Annual report on the health of the army in India
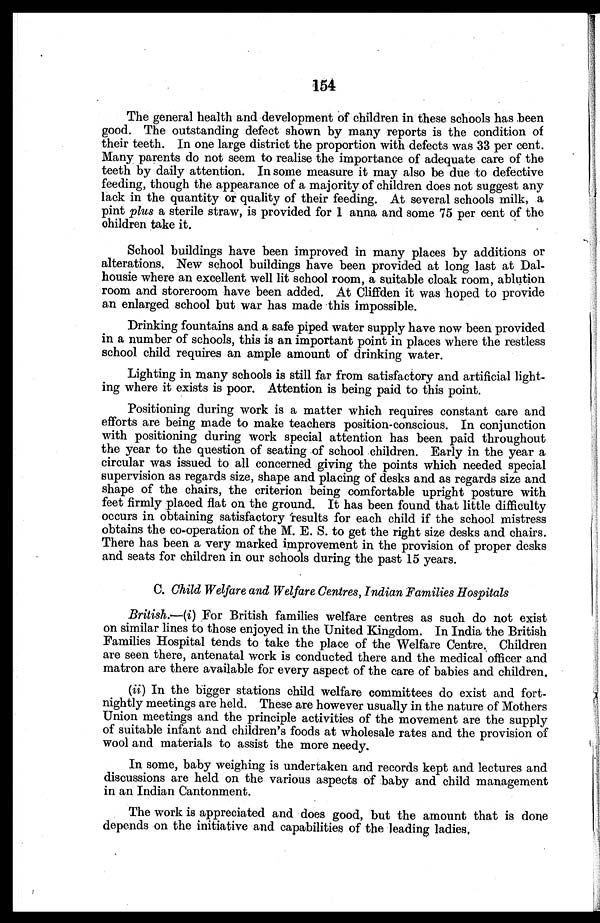
154
The general health and development of children in these schools has been
good. The outstanding defect shown by many reports is the condition of
their teeth. In one large district the proportion with defects was 33 per cent.
Many parents do not seem to realise the importance of adequate care of the
teeth by daily attention. In some measure it may also be due to defective
feeding, though the appearance of a majority of children does not suggest any
lack in the quantity or quality of their feeding. At several schools milk, a
pint plus a sterile straw, is provided for 1 anna and some 75 per cent of the
children take it.
School buildings have been improved in many places by additions or
alterations. New school buildings have been provided at long last at Dal
-housie where an excellent well lit school room, a suitable cloak room, ablution
room and storeroom have been added. At Cliffden it was hoped to provide
an enlarged school but war has made this impossible.
Drinking fountains and a safe piped water supply have now been provided
in a number of schools, this is an important point in places where the restless
school child requires an ample amount of drinking water.
Lighting in many schools is still far from satisfactory and artificial light
-ing where it exists is poor. Attention is being paid to this point.
Positioning during work is a matter which requires constant care and
efforts are being made to make teachers position-conscious. In conjunction
with positioning during work special attention has been paid throughout
the year to the question of seating of school children. Early in the year a
circular was issued to all concerned giving the points which needed special
supervision as regards size, shape and placing of desks and as regards size and
shape of the chairs, the criterion being comfortable upright posture with
feet firmly placed flat on the ground. It has been found that little difficulty
occurs in obtaining satisfactory results for each child if the school mistress
obtains the co-operation of the M. E. S. to get the right size desks and chairs.
There has been a very marked improvement in the provision of proper desks
and seats for children in our schools during the past 15 years.
C. Child Welfare and Welfare Centres, Indian Families Hospitals
British.—(i ) For British families welfare centres as such do not exist
on similar lines to those enjoyed in the United Kingdom. In India the British
Families Hospital tends to take the place of the Welfare Centre. Children
are seen there, antenatal work is conducted there and the medical officer and
matron are there available for every aspect of the care of babies and children.
(ii ) In the bigger stations child welfare committees do exist and fort
-nightly meetings are held. These are however usually in the nature of Mothers
Union meetings and the principle activities of the movement are the supply
of suitable infant and children's foods at wholesale rates and the provision of
wool and materials to assist the more needy.
In some, baby weighing is undertaken and records kept and lectures and
discussions are held on the various aspects of baby and child management
in an Indian Cantonment.
The work is appreciated and does good, but the amount that is done
depends on the initiative and capabilities of the leading ladies.